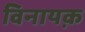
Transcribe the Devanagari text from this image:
विनायक़